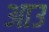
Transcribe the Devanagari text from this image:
आउ